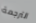
الترجمة